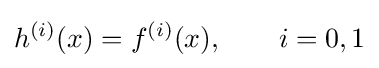
h^{(i)}(x)=f^{(i)}(x),\qquad i=0,1